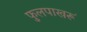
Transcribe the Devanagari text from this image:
फुलपाखरूं